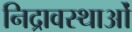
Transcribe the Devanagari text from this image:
निद्रावस्थाओं